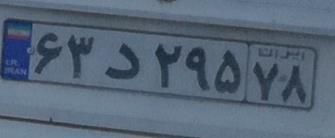
۶۳د۲۹۵۷۸